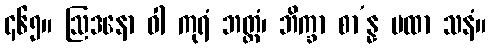
၄၆၅။ ဩဒနော ဝါ ကုရံ ဘတ္တံ၊ ဘိက္ခာ စာ’န္န မထာ သနံ။